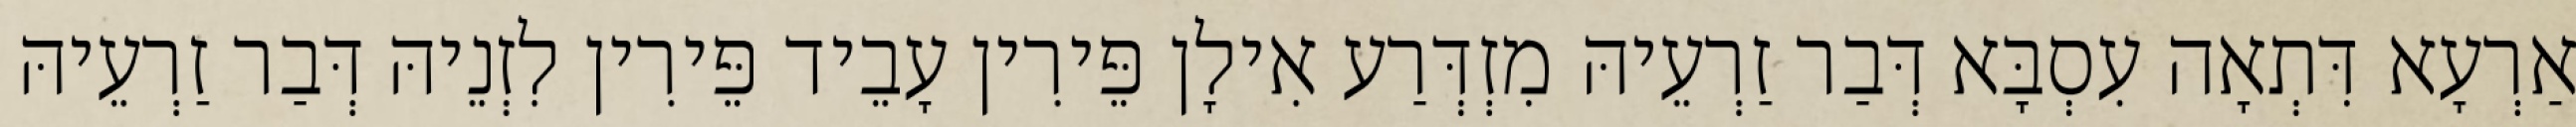
אַרְעָא דִּתְאָה עִסְבָּא דְּבַר זַרְעֵיהּ מִזְדְּרַע אִילָן פֵּירִין עָבֵיד פֵּירִין לִזְנֵיהּ דְּבַר זַרְעֵיהּ